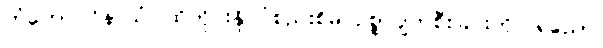
တံဟောဂဝိနာသံ၊ ထိုတိုင်းနိုင်ငံစည်းစိမ် ဥစ္စာပျက်စီးခြင်းကို။ ရညော၊